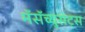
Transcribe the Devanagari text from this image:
मॅसॅच्युसेट्‌स